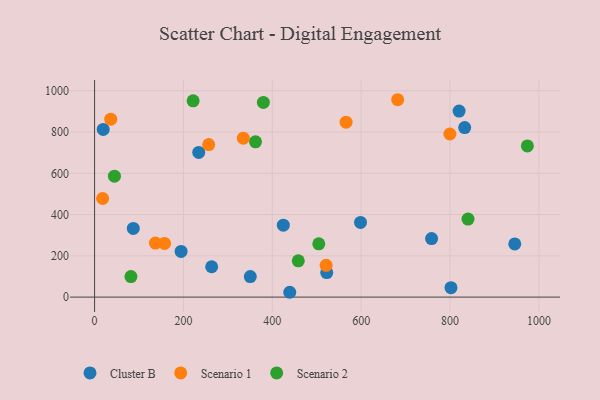
{"axis": {"x": "Distance", "y": "Salary"}, "legend": ["Cluster B", "Scenario 1", "Scenario 2"], "data": [{"x": "833.0", "y": 821.7, "type": "Cluster B"}, {"x": "820.4", "y": 901.7, "type": "Cluster B"}, {"x": "263.5", "y": 147.2, "type": "Cluster B"}, {"x": "802.2", "y": 45.6, "type": "Cluster B"}, {"x": "522.5", "y": 119.1, "type": "Cluster B"}, {"x": "424.8", "y": 348.6, "type": "Cluster B"}, {"x": "194.7", "y": 221.5, "type": "Cluster B"}, {"x": "350.4", "y": 99.7, "type": "Cluster B"}, {"x": "87.1", "y": 332.8, "type": "Cluster B"}, {"x": "234.4", "y": 701.5, "type": "Cluster B"}, {"x": "19.4", "y": 812.7, "type": "Cluster B"}, {"x": "945.7", "y": 257.8, "type": "Cluster B"}, {"x": "598.5", "y": 362.2, "type": "Cluster B"}, {"x": "439.3", "y": 23.4, "type": "Cluster B"}, {"x": "758.5", "y": 283.8, "type": "Cluster B"}, {"x": "566.0", "y": 848.1, "type": "Scenario 1"}, {"x": "682.2", "y": 956.7, "type": "Scenario 1"}, {"x": "256.8", "y": 739.1, "type": "Scenario 1"}, {"x": "521.1", "y": 153.9, "type": "Scenario 1"}, {"x": "157.4", "y": 260.3, "type": "Scenario 1"}, {"x": "334.7", "y": 770.3, "type": "Scenario 1"}, {"x": "137.0", "y": 262.1, "type": "Scenario 1"}, {"x": "18.1", "y": 477.9, "type": "Scenario 1"}, {"x": "36.4", "y": 862.5, "type": "Scenario 1"}, {"x": "799.7", "y": 790.5, "type": "Scenario 1"}, {"x": "44.7", "y": 586.1, "type": "Scenario 2"}, {"x": "221.8", "y": 951.4, "type": "Scenario 2"}, {"x": "840.5", "y": 378.0, "type": "Scenario 2"}, {"x": "362.2", "y": 752.7, "type": "Scenario 2"}, {"x": "379.9", "y": 943.8, "type": "Scenario 2"}, {"x": "974.1", "y": 732.8, "type": "Scenario 2"}, {"x": "81.8", "y": 99.5, "type": "Scenario 2"}, {"x": "504.6", "y": 258.4, "type": "Scenario 2"}, {"x": "458.5", "y": 176.0, "type": "Scenario 2"}]}